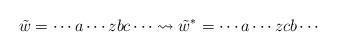
LaTeX: \begin{align*}\tilde{w} = \cdots a\cdots zbc \cdots \rightsquigarrow \tilde{w}^*=\cdots a\cdots zcb \cdots\end{align*}